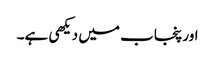
اور پنجاب میں دیکھی ہے۔